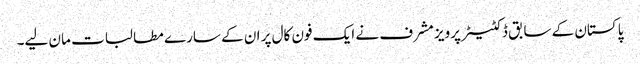
پاکستان کے سابق ڈکٹیٹر پرویز مشرف نے ایک فون کال پر ان کے سارے مطا لبات مان لیے۔